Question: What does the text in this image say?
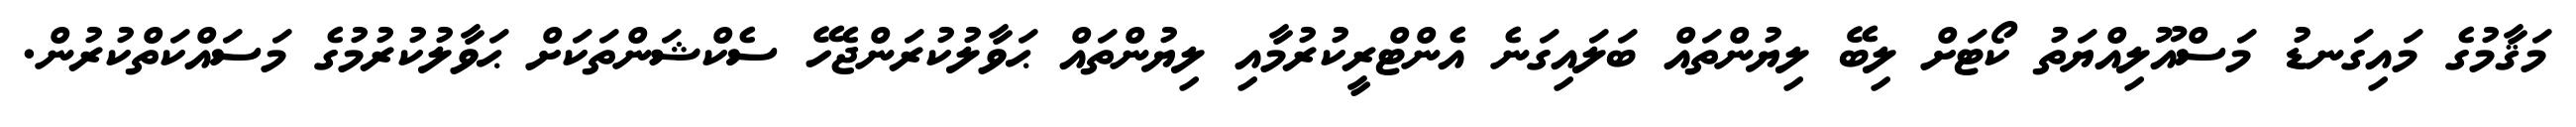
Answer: މަޤާމުގެ މައިގަނޑު މަސްއޫލިއްޔަތު ކޯޓަށް ލިބޭ ލިޔުންތައް ބަލައިގަނެ އެންޓްރީކުރުމާއި ލިޔުންތައް ޙަވާލުކުރަންޖެހޭ ސެކްޝަންތަކަށް ޙަވާލުކުރުމުގެ މަސައްކަތްކުރުން.